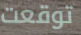
توقعت